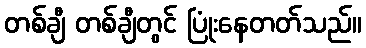
တစ်ချီ တစ်ချီတွင် ပြုံးနေတတ်သည်။